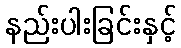
နည်းပါးခြင်းနှင့်